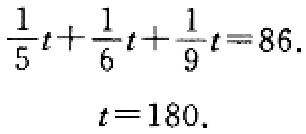
\[\begin{align*}
\frac{1}{5}t+\frac{1}{6}t+\frac{1}{9}t&=86.\\
t&=180.
\end{align*}\]